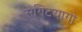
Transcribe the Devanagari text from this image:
सैण्टियागो